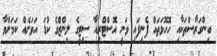
ބިންގަރާސްތަކާއި ހޮހޮޅަތައް ފެނިފައި ވަނީ އޮސްޓްރިއާ ސިޓީގެ ލިންޒްގެ ކުޑަ އަވަށެއް ކަމަށްވާ